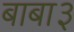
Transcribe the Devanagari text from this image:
बाबा३